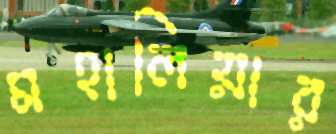
মহালিয়ার